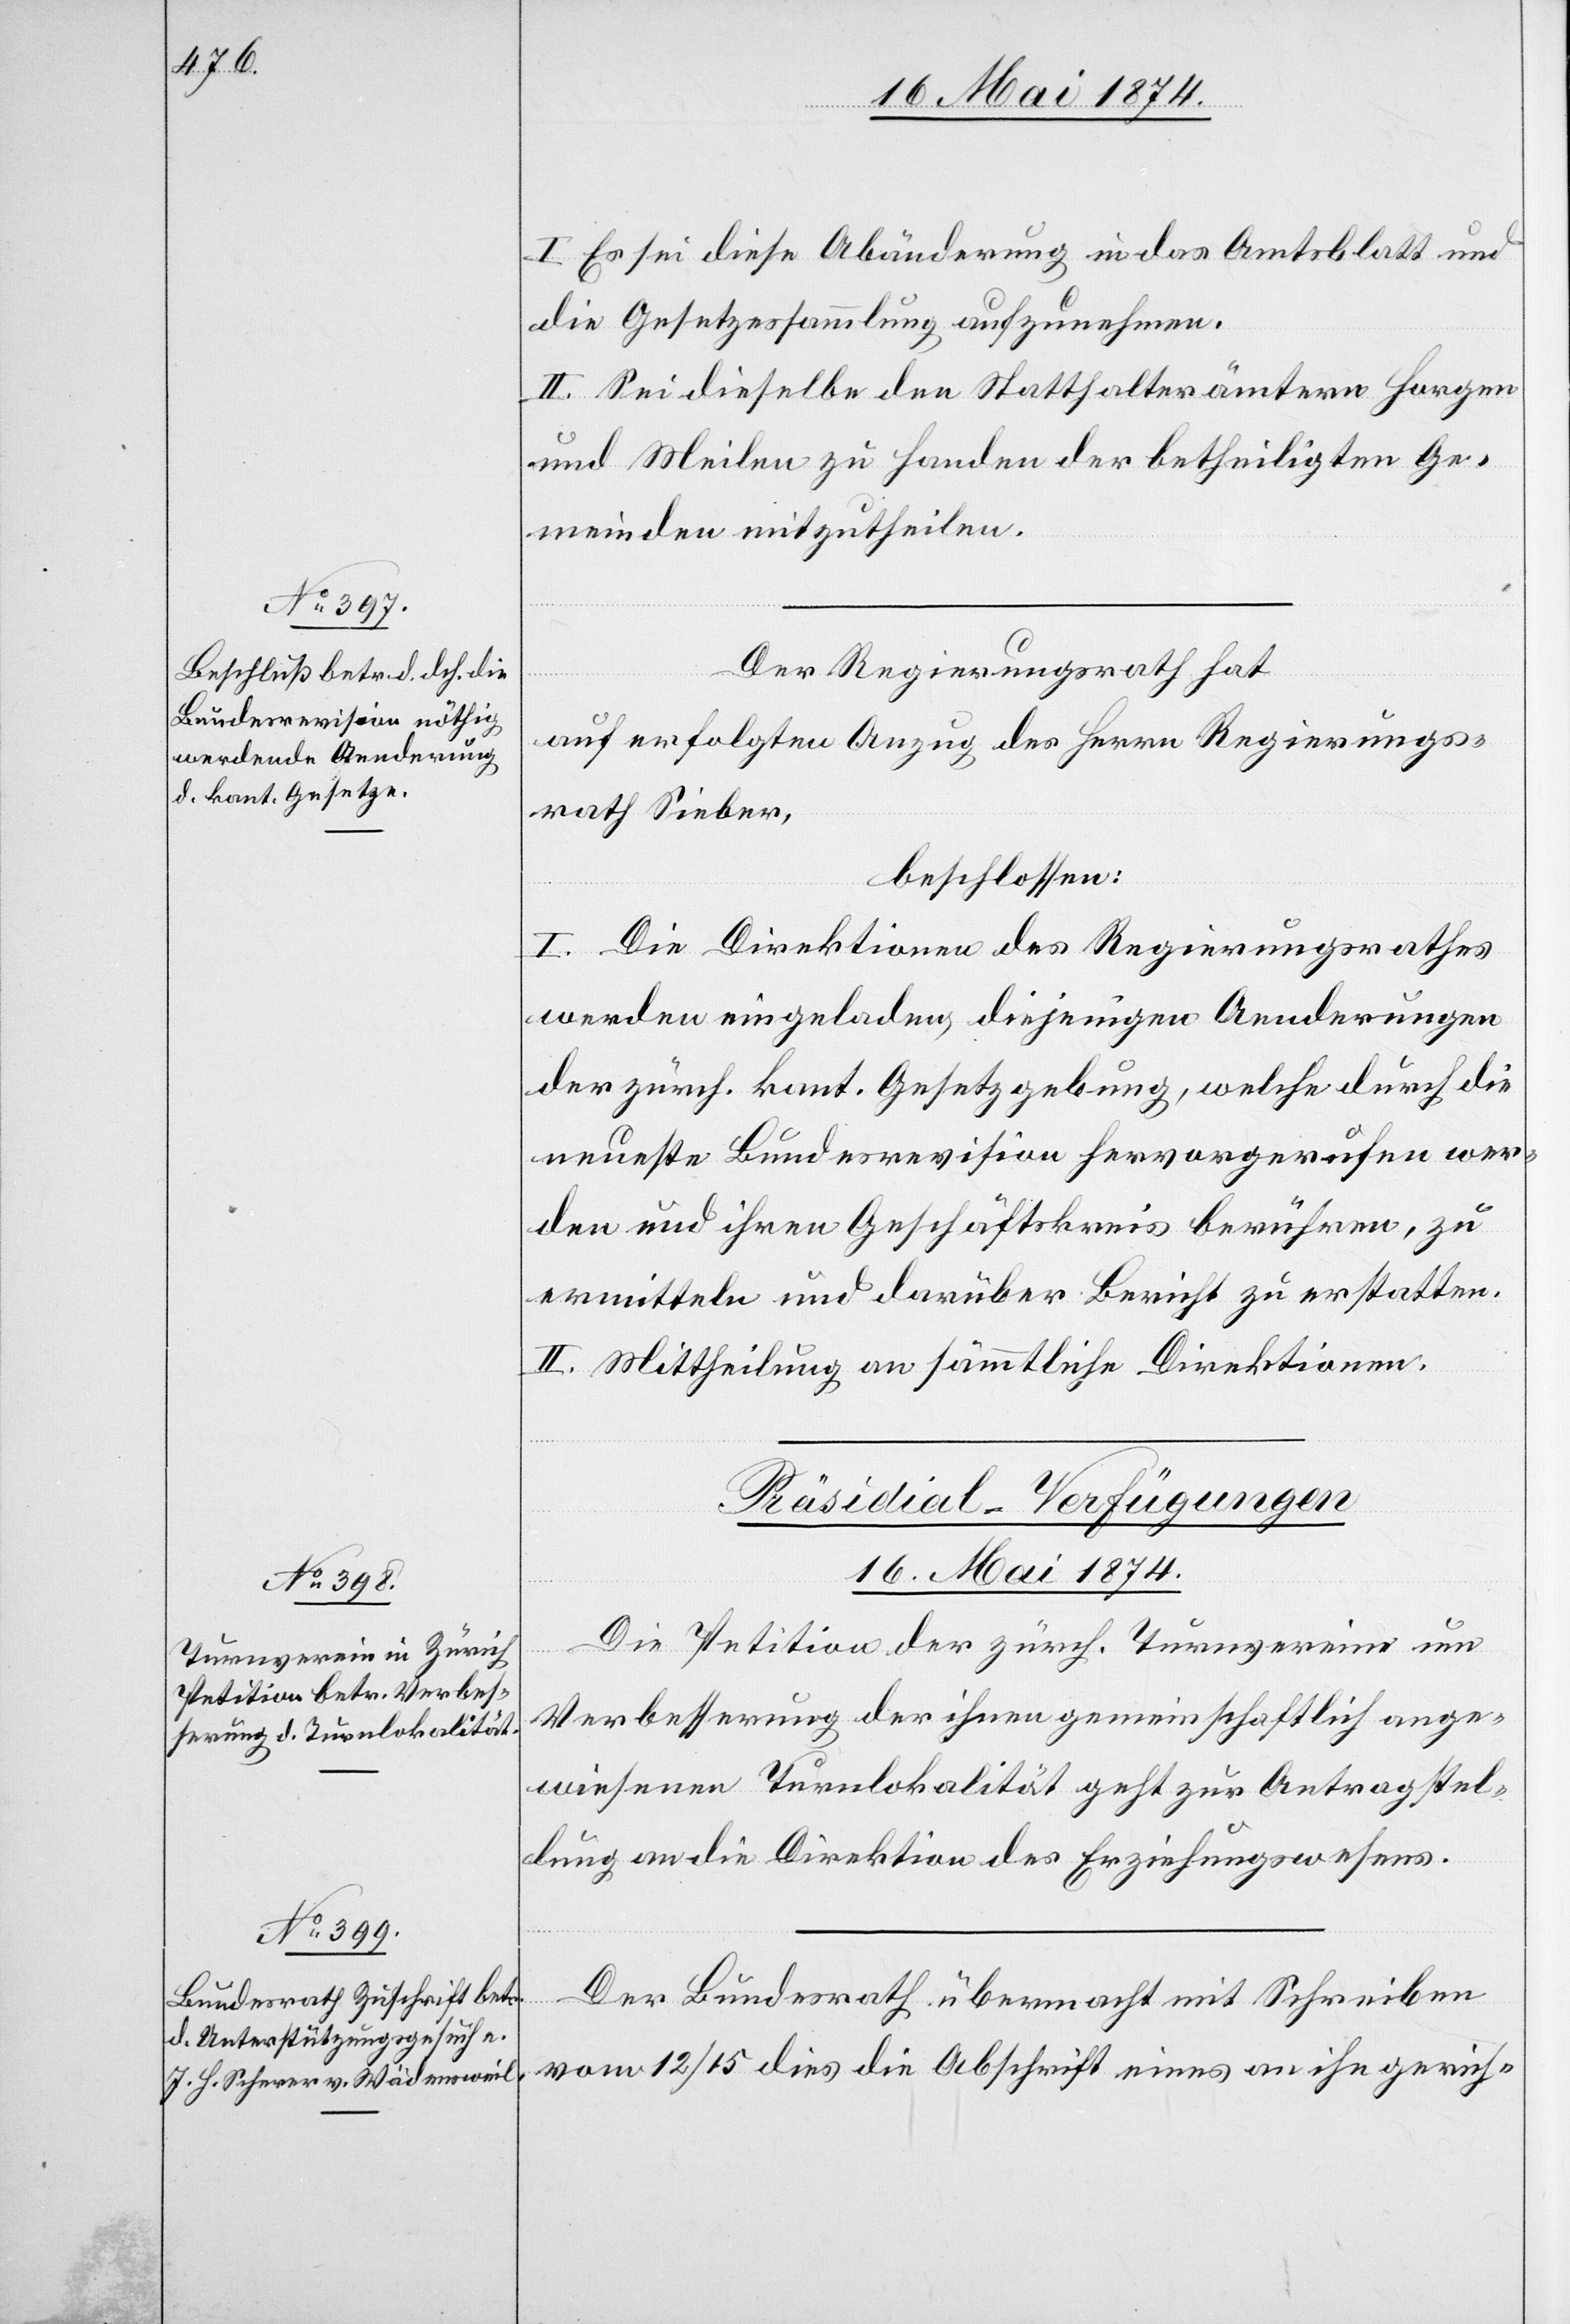
I. Es sei diese Abänderung in das Amtsblatt und
die Gesetzessammlung aufzunehmen.
II. Sei dieselbe den Statthalterämtern Horgen
und Meilen zu Handen der betheiligten Ge¬
meinden mitzutheilen.
Der Regierungsrath hat
auf erfolgten Anzug des Herrn Regierungs¬
rath Sieber,
beschlossen:
I. Die Direktionen des Regierungsrathes
werden eingeladen, diejenigen Aenderungen
der zürch. kant. Gesetzgebung, welche durch die
neueste Bundesrevision hervorgerufen wer¬
den und ihren Geschäftskreis berühren, zu
ermitteln und darüber Bericht zu erstatten.
II. Mittheilung an sämmtliche Direktionen.
[Präsidial-Verfügungen
16. Mai 1874.]
Die Petition der zürch. Turnvereine um
Verbesserung der ihnen gemeinschaftlich ange¬
wiesenen Turnlokalität geht zur Antragstel¬
lung an die Direktion des Erziehungswesens.
Der Bundesrath übermacht mit Schreiben
vom 12/15. dies die Abschrift eines an ihn gerich-